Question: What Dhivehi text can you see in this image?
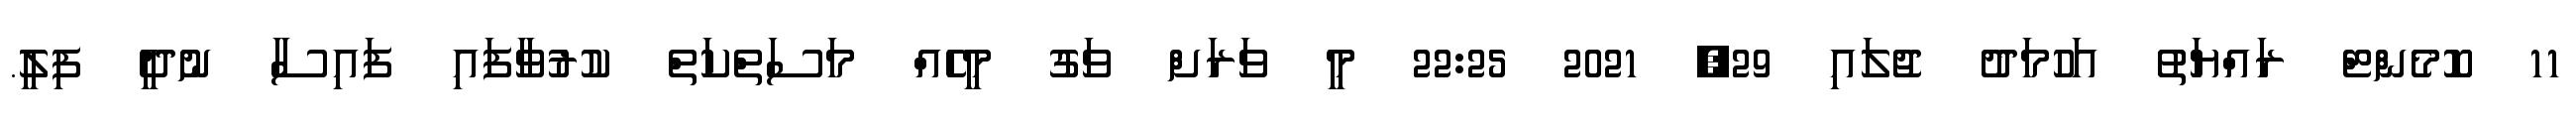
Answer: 11 ކޮމެންޓް ރައްޔަތު އަހުމަދު ޖުލައި 29, 2021 22:25 މީ ވަރަށް ވަގު މީހެއް މަސަތްކަތް ކުރުވާފައި ފައިސާ ނުދީ ފިލީ.